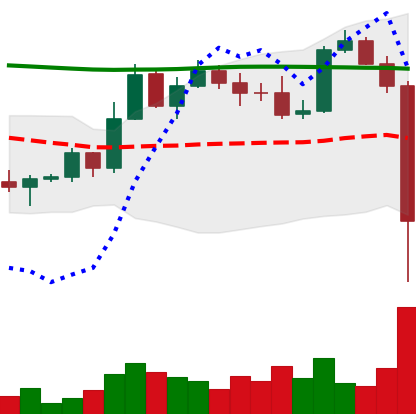
Ticker: BTC-USD
Chart end date: 2022-11-08
Forward return: -11.8%
Label: down_7plus